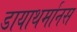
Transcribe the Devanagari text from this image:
डायाथर्मानस